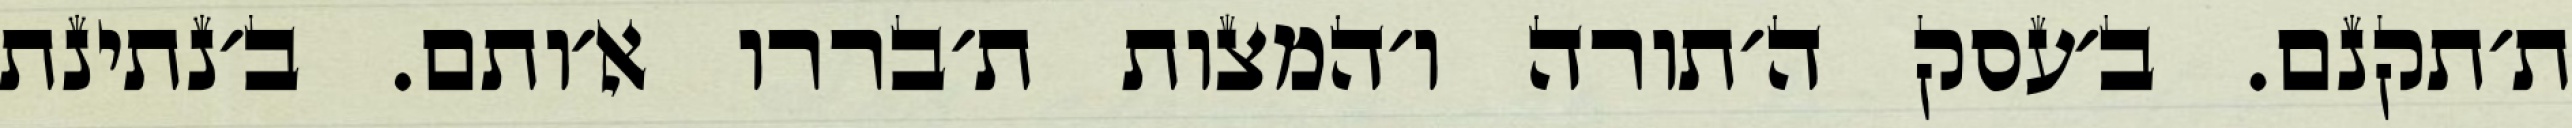
ת׳תקנם. ב׳עסק ה׳תורה ו׳המצות ת׳בררו א׳ותם. ב׳נתינת